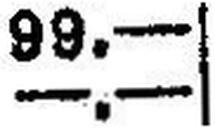
—.—